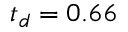
t _ { d } = 0 . 6 6